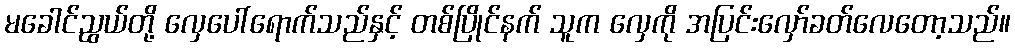
မခေါင်ညွယ်တို့ လှေပေါ်ရောက်သည်နှင့် တစ်ပြိုင်နက် သူက လှေကို အပြင်းလှော်ခတ်လေတော့သည်။